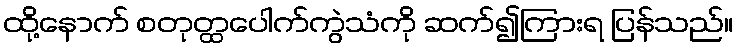
ထို့နောက် စတုတ္ထပေါက်ကွဲသံကို ဆက်၍ကြားရ ပြန်သည်။